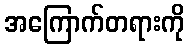
အကြောက်တရားကို